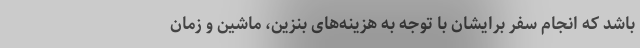
باشد که انجام سفر برایشان با توجه به هزینه‌های بنزین، ماشین و زمان